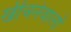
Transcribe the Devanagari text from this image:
खींचनेवालों